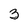
Character: 3